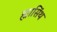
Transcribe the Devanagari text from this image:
ह्यासिंथ